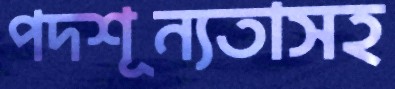
পদশূন্যতাসহ